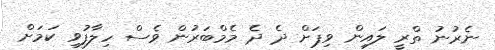
ނެރުނު ތްރީ ލައިން ވިޕަށް ދެ ދެ މެމްބަރުން ވެސް ހިލާފުވި ކަމަށް